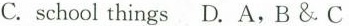
C. school things D. A,B &. C